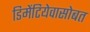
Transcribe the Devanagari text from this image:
डिमेंटियेवासोबत